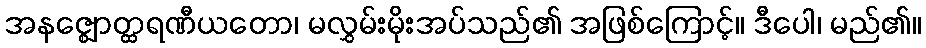
အနဇ္ဈောတ္ထရဏီယတော၊ မလွှမ်းမိုးအပ်သည်၏ အဖြစ်ကြောင့်။ ဒီပေါ၊ မည်၏။